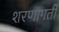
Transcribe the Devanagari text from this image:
शरणागती